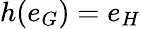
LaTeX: h(e_{G})=e_{H}